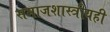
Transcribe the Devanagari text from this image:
समाजशास्त्रीयही